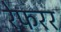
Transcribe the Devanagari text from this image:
रेफरर